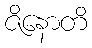
ဇိနောတိ